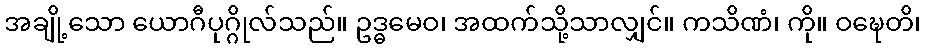
အချို့သော ယောဂီပုဂ္ဂိုလ်သည်။ ဥဒ္ဓမေဝ၊ အထက်သို့သာလျှင်။ ကသိဏံ၊ ကို။ ဝဍ္ဎေတိ၊